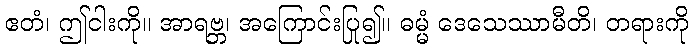
ဧတံ၊ ဤငါးကို။ အာရဗ္ဘ၊ အကြောင်းပြု၍။ ဓမ္မံ ဒေသေဿာမီတိ၊ တရားကို